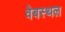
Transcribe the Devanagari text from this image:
वेबस्थल